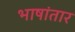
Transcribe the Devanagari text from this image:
भाषांतार